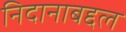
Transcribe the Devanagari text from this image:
निदानाबद्दल